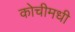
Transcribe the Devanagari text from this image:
कोचीमधी